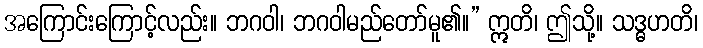
အကြောင်းကြောင့်လည်း။ ဘဂဝါ၊ ဘဂဝါမည်တော်မူ၏။” ဣတိ၊ ဤသို့။ သဒ္ဓဟတိ၊